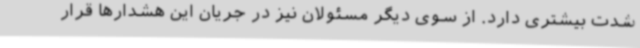
شدت بیشتری دارد. از سوی دیگر مسئولان نیز در جریان این هشدارها قرار